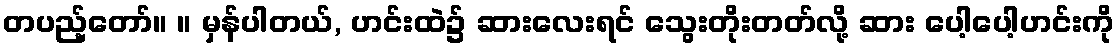
တပည့်တော်။ ။ မှန်ပါတယ်, ဟင်းထဲ၌ ဆားလေးရင် သွေးတိုးတတ်လို့ ဆား ပေါ့ပေါ့ဟင်းကို